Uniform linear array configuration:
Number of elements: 8
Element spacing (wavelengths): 1
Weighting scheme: hamming
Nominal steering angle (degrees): -15
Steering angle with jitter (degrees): -13.371
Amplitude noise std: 0.05
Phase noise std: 0.05

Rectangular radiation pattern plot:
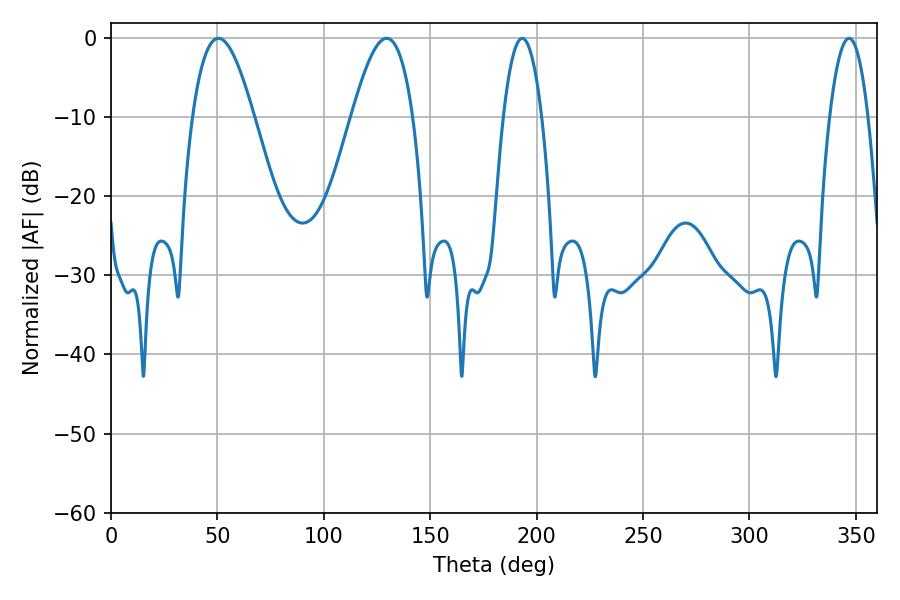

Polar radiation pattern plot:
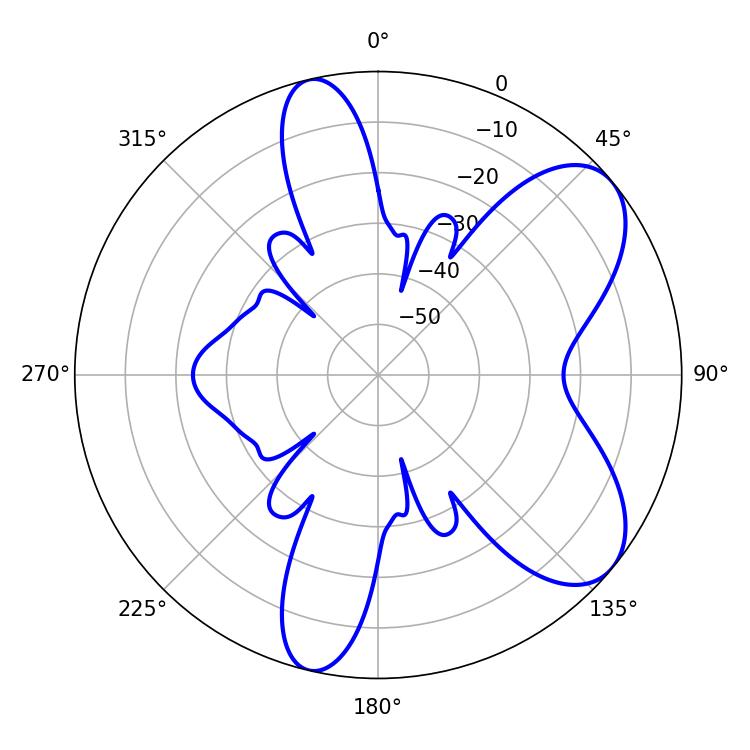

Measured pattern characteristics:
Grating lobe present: TRUE
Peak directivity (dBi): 7.228
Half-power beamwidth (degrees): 15.66
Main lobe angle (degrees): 50.4